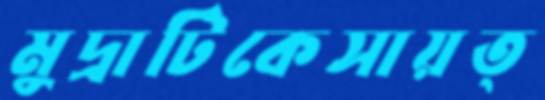
মুদ্রাটিকেসায়ত্